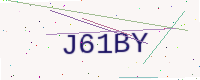
Text: J61BY